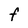
Character: F